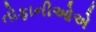
તોફાનીઓએ